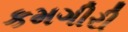
કમગીરી